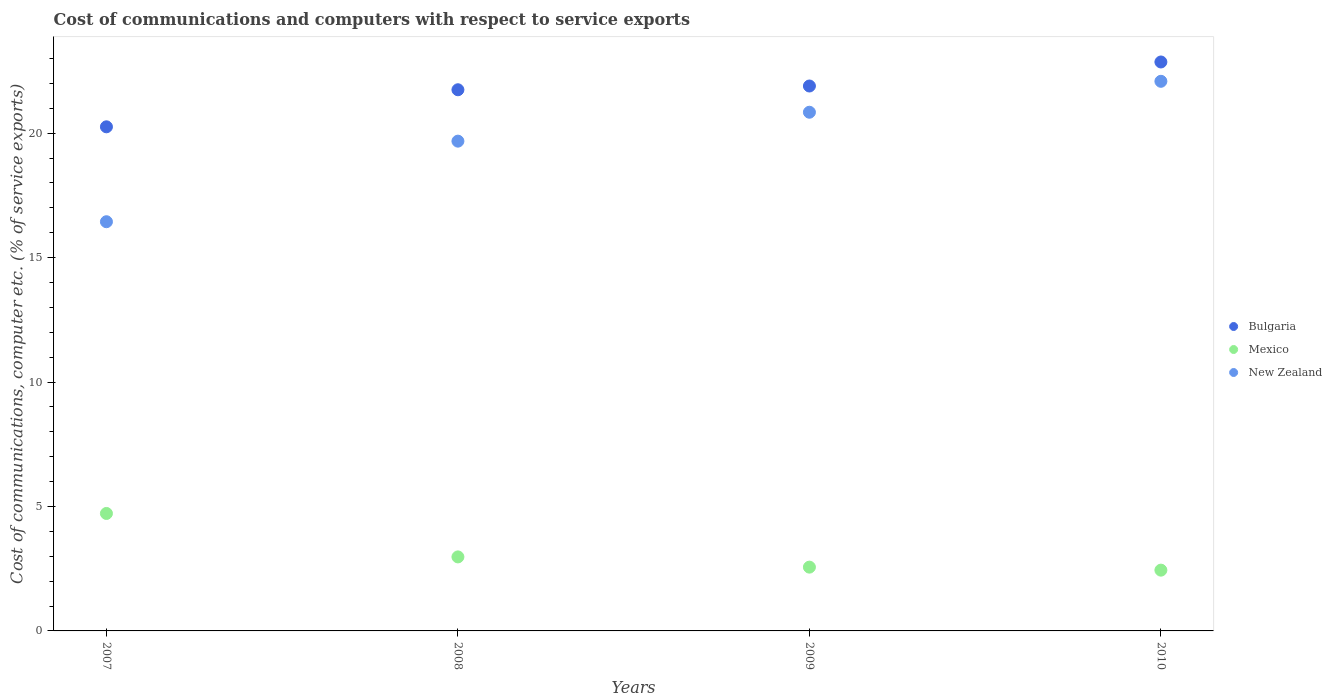
| Years | Bulgaria | Mexico | New Zealand |
 | --- | --- | --- | --- |
 | 2007 | 20.3 | 4.72 | 16.4 |
 | 2008 | 21.7 | 2.97 | 19.7 |
 | 2009 | 21.9 | 2.56 | 20.8 |
 | 2010 | 22.9 | 2.44 | 22.1 |